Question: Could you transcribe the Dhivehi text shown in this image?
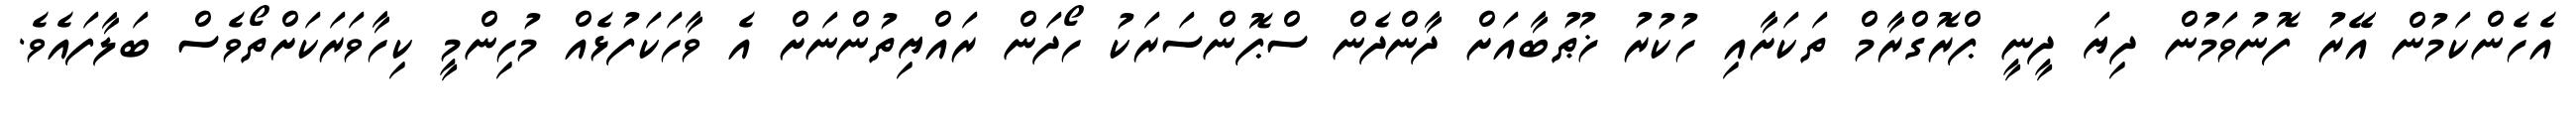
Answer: އެހެންކަމުން އޭރު ފޮނުވަމުން ދިޔަ ދީނީ ޕްރޮގްރާމް ތަކަށާއި ހުކުރު ޚުޠުބާއަށް ދާންދެން ސްޕޮންސަރަކު ހޯދަން ރައްޔިތުންނަށް އެ ވާހަކަފުޅެއް މުހިންމީ ކިހާވަރަކަށްތޯވެސް ބަލާފައެވެ.